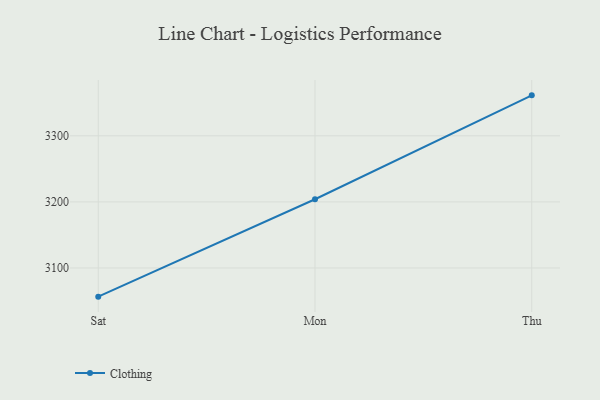
{"axis": {"x": "Day", "y": "Backlog"}, "legend": ["Clothing"], "data": [{"x": "Sat", "y": 3056.6, "type": "Clothing"}, {"x": "Mon", "y": 3204.0, "type": "Clothing"}, {"x": "Thu", "y": 3361.2, "type": "Clothing"}]}